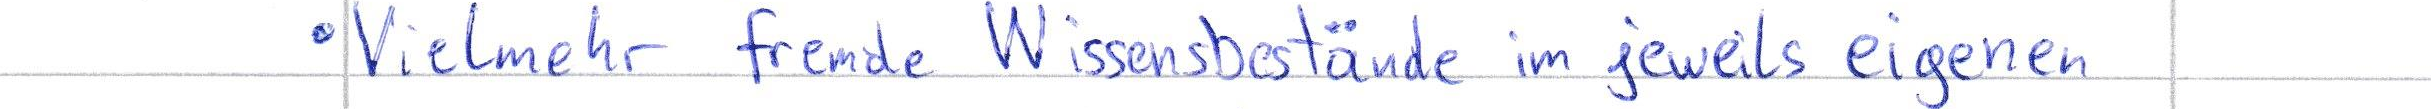
Vielmehr fremde Wissensbestände im jeweils eigenen